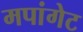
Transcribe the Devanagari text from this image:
मपांगेट